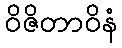
ဝိဇိတာဝိနံ